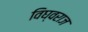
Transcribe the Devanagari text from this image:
विघ्वराज